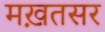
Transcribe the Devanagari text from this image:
मख़तसर